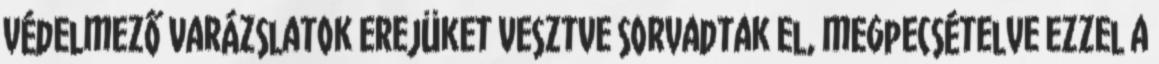
védelmező varázslatok erejüket vesztve sorvadtak el, megpecsételve ezzel a